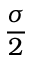
\frac { \sigma } { 2 }